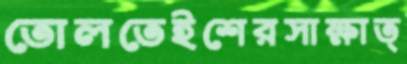
তোলতেইশেরসাক্ষাত্